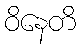
ဝိနေတိ